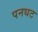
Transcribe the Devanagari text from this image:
पनधट